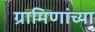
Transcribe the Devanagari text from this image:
ग्रामिणांच्या